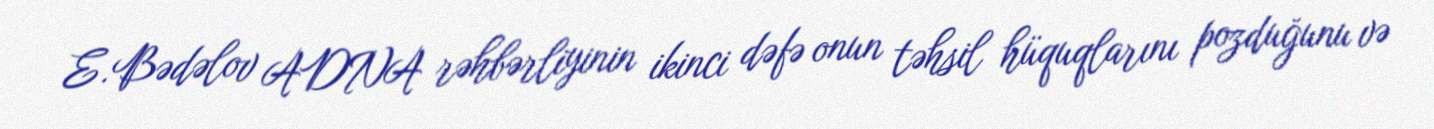
E.Bədəlov ADNA rəhbərliyinin ikinci dəfə onun təhsil hüquqlarını pozduğunu və